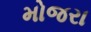
મોજરા